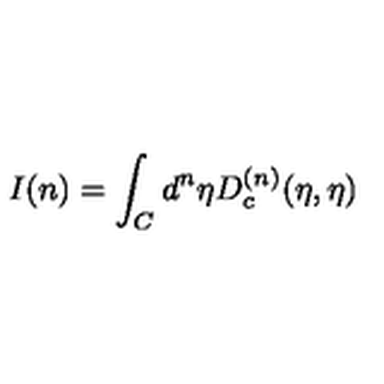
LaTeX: I ( n ) = \int _ { C } { d ^ { n } } { \eta } D _ { c } ^ { ( n ) } ( \eta , { \eta } )